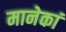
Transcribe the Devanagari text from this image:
मानेकां